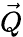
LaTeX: \vec{Q}